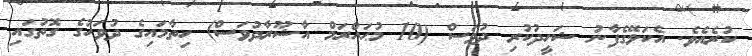
ކުރެއެވެ. އެކަލޭގެފާނު ޝަހީދުކުރި ދުވަސް (10 މުޙައްރަމް އާޝޫރާދުވަސް) ހިތާމައިގެ ދުވަހުގެ ގޮތުގައި